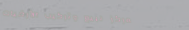
مركز لبيع وتركيب الأرضيات